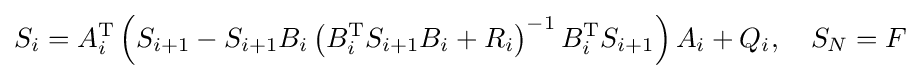
S_{i}=A_{i}^{\mathrm {T} }\left(S_{i+1}-S_{i+1}B_{i}\left(B_{i}^{\mathrm {T} }S_{i+1}B_{i}+R_{i}\right)^{-1}B_{i}^{\mathrm {T} }S_{i+1}\right)A_{i}+Q_{i},\quad S_{N}=F